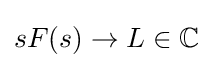
sF(s)\to L\in \mathbb {C}